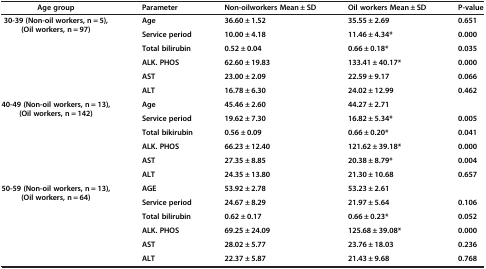
<table><thead><tr><td><b>Age group</b></td><td><b>Parameter</b></td><td><b>Non-oilworkers Mean ± SD</b></td><td><b>Oil workers Mean ± SD</b></td><td><b>P-value</b></td></tr></thead><tbody><tr><td rowspan="6"><b>30-39 (Non-oil workers, n = 5), (Oil workers, n = 97)</b></td><td><b>Age</b></td><td><b>36.60 ± 1.52</b></td><td><b>35.55 ± 2.69</b></td><td><b>0.651</b></td></tr><tr><td><b>Service period</b></td><td><b>10.00 ± 4.18</b></td><td><b>11.46 ± 4.34*</b></td><td><b>0.000</b></td></tr><tr><td><b>Total bilirubin</b></td><td><b>0.52 ± 0.04</b></td><td><b>0.66 ± 0.18*</b></td><td><b>0.035</b></td></tr><tr><td><b>ALK. PHOS</b></td><td><b>62.60 ± 19.83</b></td><td><b>133.41 ± 40.17*</b></td><td><b>0.000</b></td></tr><tr><td><b>AST</b></td><td><b>23.00 ± 2.09</b></td><td><b>22.59 ± 9.17</b></td><td><b>0.066</b></td></tr><tr><td><b>ALT</b></td><td><b>16.78 ± 6.30</b></td><td><b>24.02 ± 12.99</b></td><td><b>0.462</b></td></tr><tr><td rowspan="6"><b>40-49 (Non-oil workers, n = 13), (Oil workers, n = 142)</b></td><td><b>Age</b></td><td><b>45.46 ± 2.60</b></td><td><b>44.27 ± 2.71</b></td><td> </td></tr><tr><td><b>Service period</b></td><td><b>19.62 ± 7.30</b></td><td><b>16.82 ± 5.34*</b></td><td><b>0.005</b></td></tr><tr><td><b>Total bikirubin</b></td><td><b>0.56 ± 0.09</b></td><td><b>0.66 ± 0.20*</b></td><td><b>0.041</b></td></tr><tr><td><b>ALK. PHOS</b></td><td><b>66.23 ± 12.40</b></td><td><b>121.62 ± 39.18*</b></td><td><b>0.000</b></td></tr><tr><td><b>AST</b></td><td><b>27.35 ± 8.85</b></td><td><b>20.38 ± 8.79*</b></td><td><b>0.004</b></td></tr><tr><td><b>ALT</b></td><td><b>24.35 ± 13.80</b></td><td><b>21.30 ± 10.68</b></td><td><b>0.657</b></td></tr><tr><td rowspan="5"><b>50-59 (Non-oil workers, n = 13), (Oil workers, n = 64)</b></td><td><b>AGE</b></td><td><b>53.92 ± 2.78</b></td><td><b>53.23 ± 2.61</b></td><td> </td></tr><tr><td><b>Service period</b></td><td><b>24.67 ± 8.29</b></td><td><b>21.97 ± 5.64</b></td><td><b>0.106</b></td></tr><tr><td><b>Total bilirubin</b></td><td><b>0.62 ± 0.17</b></td><td><b>0.66 ± 0.23*</b></td><td><b>0.052</b></td></tr><tr><td><b>ALK. PHOS</b></td><td><b>69.25 ± 24.09</b></td><td><b>125.68 ± 39.08*</b></td><td><b>0.000</b></td></tr><tr><td><b>AST</b></td><td><b>28.02 ± 5.77</b></td><td><b>23.76 ± 18.03</b></td><td><b>0.236</b></td></tr><tr><td> </td><td><b>ALT</b></td><td><b>22.37 ± 5.87</b></td><td><b>21.43 ± 9.68</b></td><td><b>0.768</b></td></tr></tbody></table>